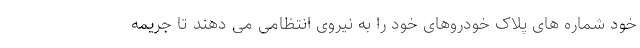
خود شماره های پلاک خودروهای خود را به نیروی انتظامی می دهند تا جریمه